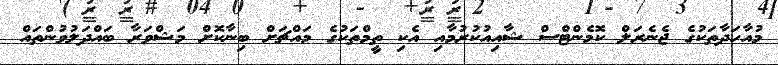
މުއާހަދާތަކުގެ ޖެނެރަލް ކޮމެންޓްސް ޝާއިއުކުރުމާއި އެކި ތީމްތަކުގެ މައްޗަށް ބިނާކޮށް މަޝްވަރާ ބައްދަލުވުންތައް